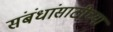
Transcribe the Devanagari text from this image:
संबंधांसाठीच्या